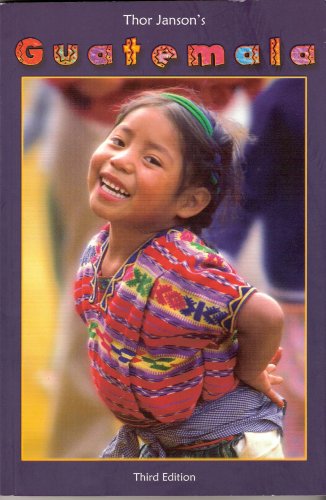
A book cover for Thor Janson's Guatemala; Thor Janson; Travel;